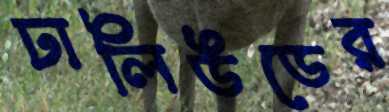
ঢালিউডের